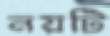
নয়টি